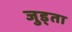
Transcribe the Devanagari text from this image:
जुड्ता